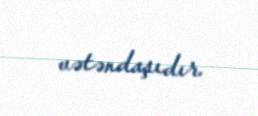
vətəndaşıdır.